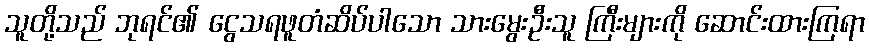
သူတို့သည် ဘုရင်၏ ငွေသရဖူတံဆိပ်ပါသော သားမွေးဦးသူ ကြီးများကို ဆောင်းထားကြရာ